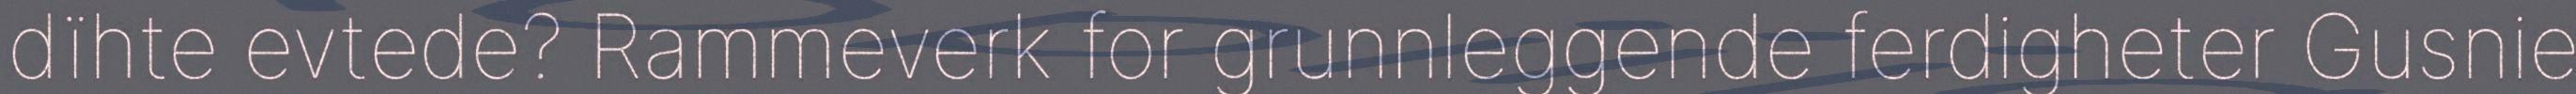
dïhte evtede? Rammeverk for grunnleggende ferdigheter Gusnie